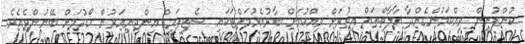
ކުންފުނިން ވިއްކަމުންގެންދާ އާލާތްތައް އިތުރަށް ވިއްކުމަށް ބާރުއެޅުމަށްޓަކައި ސެޓިފައިޑް އިންޖިނިއަރުން ހޯދުމަށް ބޭނުންވެއެވެ.